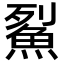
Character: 鮤